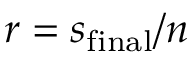
r = s _ { \mathrm { f i n a l } } / n